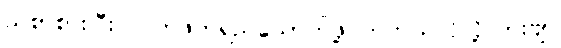
ညစာစားပြီး လက်ဖက်ရည်သောက်ဖို့ တကယ်လိုလို့လားဗျာ